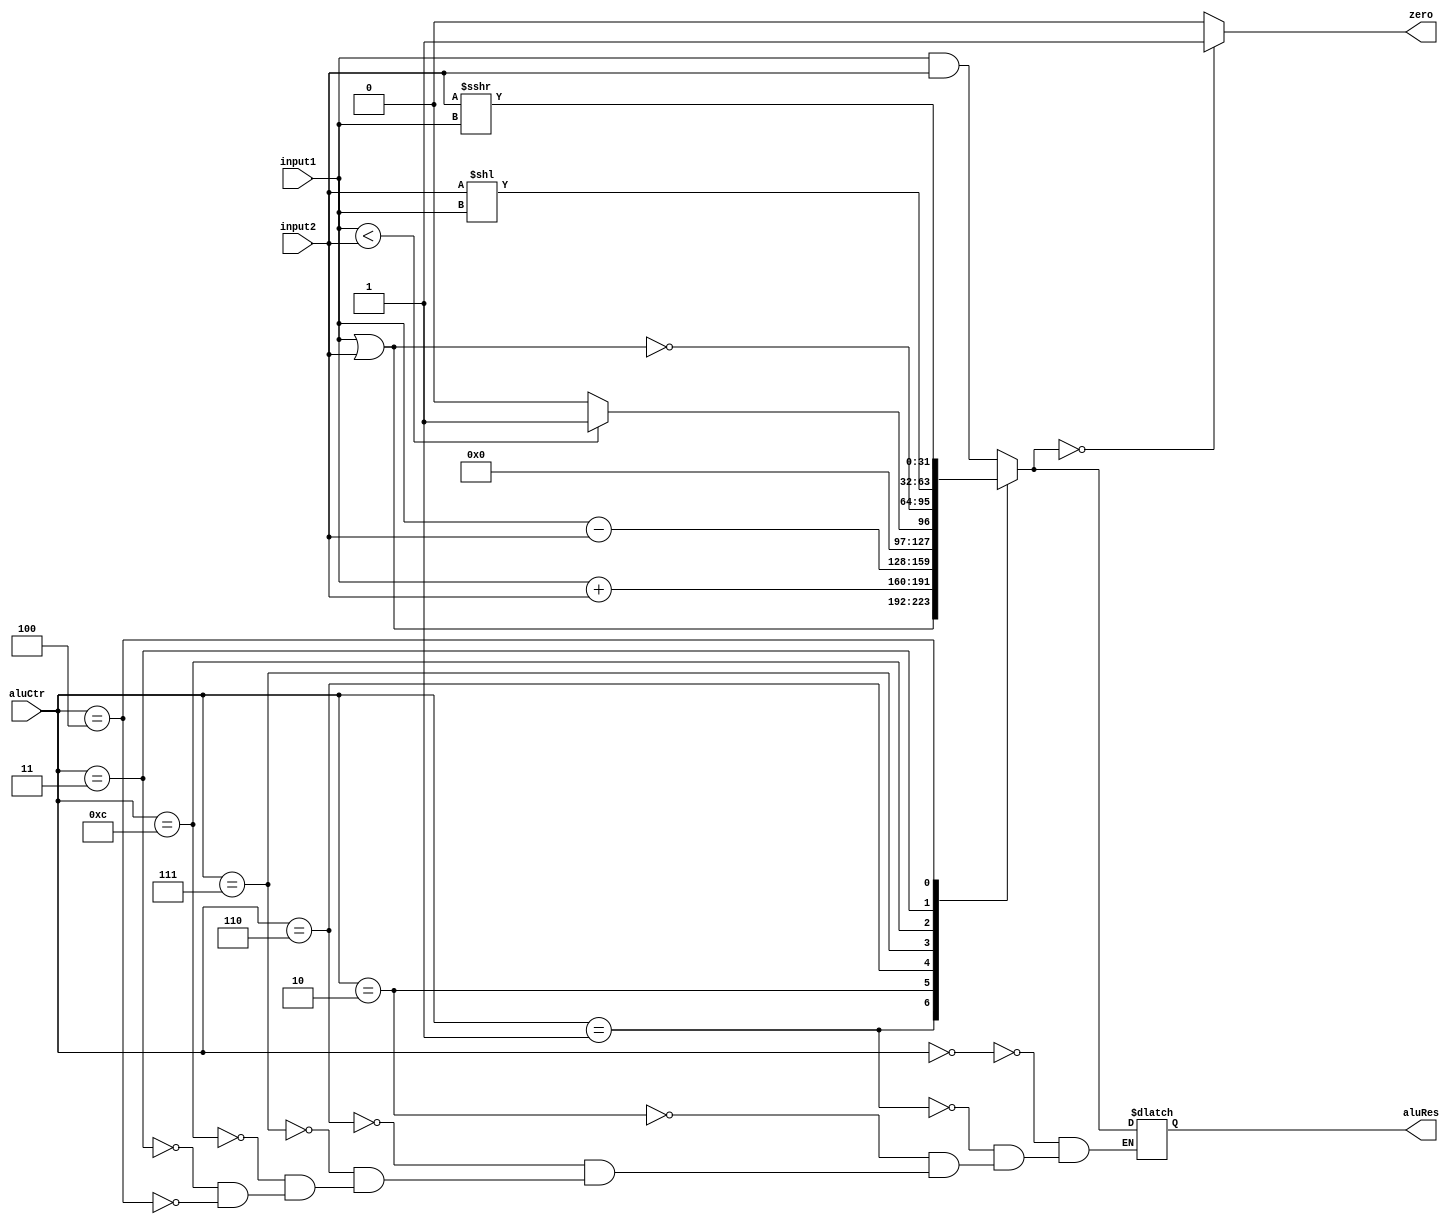
`timescale 1ns / 1ps
//////////////////////////////////////////////////////////////////////////////////
// Company: 
// Engineer: 
// 
// Design Name: 
// Module Name: ALU
// Project Name: 
// Target Devices: 
// Tool Versions: 
// Description: 
// 
// Dependencies: 
// 
// Revision:
// Revision 0.01 - File Created
// Additional Comments:
// 
//////////////////////////////////////////////////////////////////////////////////


module ALU(
    input [31:0] input1,
    input [31:0] input2,
    input [3:0] aluCtr,
    output reg zero,
    output reg [31:0] aluRes
    );

    always @(input1 or input2 or aluCtr) begin
        case (aluCtr)
        4'b0000: aluRes = input1 & input2;
        4'b0001: aluRes = input1 | input2;
        4'b0010: aluRes = input1 + input2;
        4'b0110: aluRes = input1 - input2;
        4'b0111: aluRes = $signed(input1) < $signed(input2) ? 1 : 0;
        4'b1100: aluRes = ~(input1 | input2);
        4'b0011: aluRes = input2 << input1;  // sll
        4'b0100: aluRes = input2 >>> input1; // srl
        endcase
        if (aluRes == 0) zero = 1;
        else zero = 0;
    end

endmodule